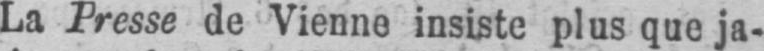
La Presse de Vienne insiste plus que ja-